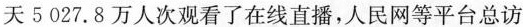
天5027.8万人次观看了在线直播，人民网等平台总访